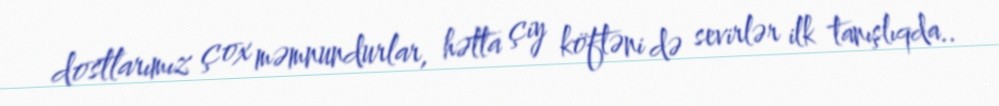
dostlarımız çox məmnundurlar, hətta çiy köftəni də sevirlər ilk tanışlıqda..